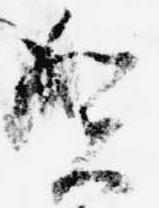
賀